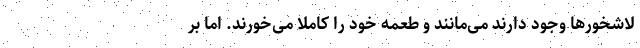
لاشخورها وجود دارند می‌مانند و طعمه خود را کاملا می‌خورند. اما بر